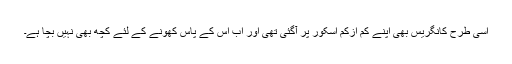
اسی طرح کانگریس بھی اپنے کم ازکم اسکور پر آگئی تھی اور اب اس کے پاس کھونے کے لئے کچھ بھی نہیں بچا ہے۔